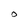
Character: O